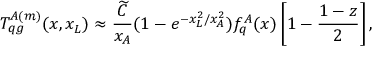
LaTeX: T _ { q g } ^ { A ( m ) } ( x , x _ { L } ) \approx \frac { \widetilde { C } } { x _ { A } } ( 1 - e ^ { - x _ { L } ^ { 2 } / x _ { A } ^ { 2 } } ) f _ { q } ^ { A } ( x ) \left[ 1 - \frac { 1 - z } { 2 } \right] ,